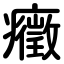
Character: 癥